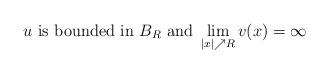
\begin{align*} u\ \mbox{is bounded in}\ B_{R}\ \mbox{and}\ \lim\limits_{|x|\nearrow R}v(x)=\infty\end{align*}